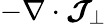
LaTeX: -\nabla\cdot\boldsymbol{\mathcal{J}}_{\perp}